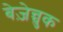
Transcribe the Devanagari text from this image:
बेज़ेन्चुक